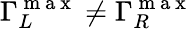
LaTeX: \Gamma_{L}^{\mathrm{~m~a~x~}}\ne\Gamma_{R}^{\mathrm{~m~a~x~}}